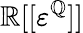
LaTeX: \mathbb{R}[[\varepsilon^{\mathbb{Q}}]]